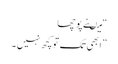
“ میںنے پوچھا
” ابھی تک تو کچھ نہیں ۔